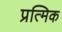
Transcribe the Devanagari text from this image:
प्रत्मिक